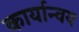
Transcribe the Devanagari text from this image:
कार्यान्वय